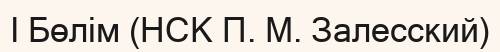
I Бөлім (НСК П. М. Залесский)